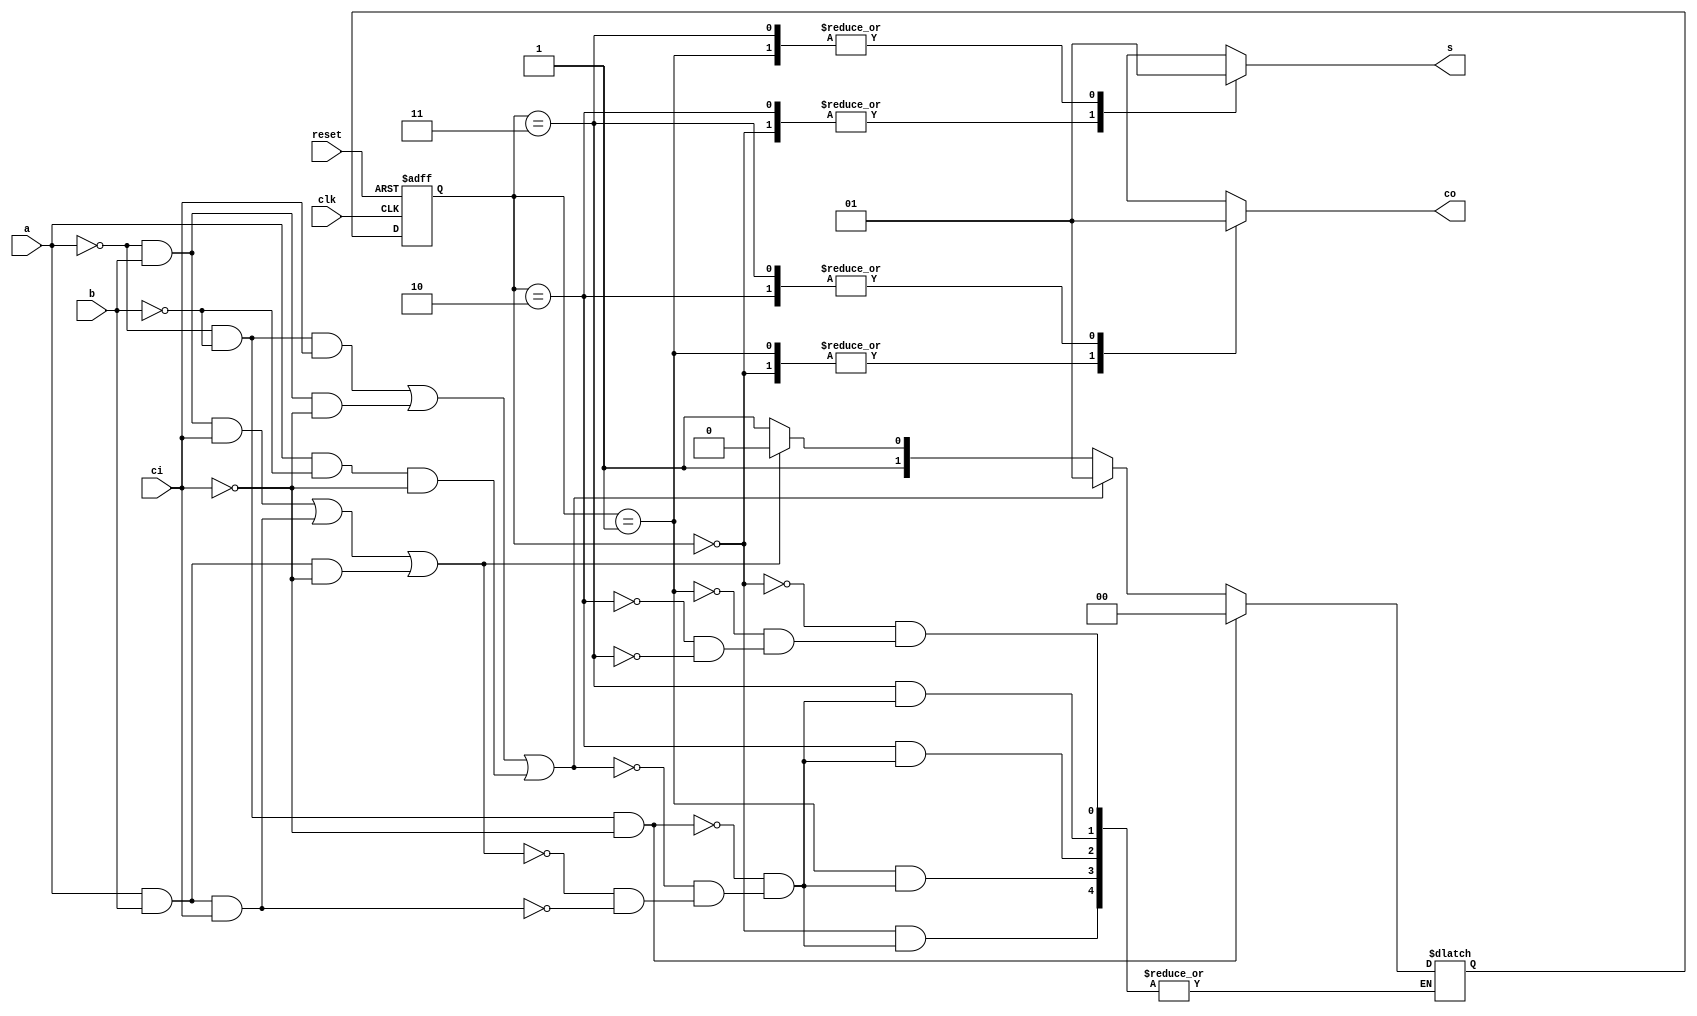
module full_adder_state(reset,a,b,ci,clk,s,co);
	input reset,a,b,ci,clk;
	output s,co;
	
	reg s,co;
	reg [1:0] state,next_state;
	
	parameter
		s_0=2'b00,
		s_1=2'b01,
		s_2=2'b10,
		s_3=2'b11;
		
	always @ (posedge clk or negedge reset)
		if(reset==0)
			state<=s_0;
		else
			state<=next_state;
			
	always @ (state,a,b,ci)
		begin
			case(state)
				s_0:
					begin
						s<=0;
						co<=0;
						
						if(~a&~b&~ci)
							next_state<=s_0;
						else if((~a&~b&ci)|(~a&b&~ci)|(a&~b&~ci))
							next_state<=s_1;
						else if((~a&b&ci)|(a&b&ci)|(a&b&~ci))
							next_state<=s_2;
						else if((a&b&ci))
							next_state<=s_3;
					end
					
				s_1:
					begin
						s<=1;
						co<=0;
						
						if(~a&~b&~ci)
							next_state<=s_0;
						else if((~a&~b&ci)|(~a&b&~ci)|(a&~b&~ci))
							next_state<=s_1;
						else if((~a&b&ci)|(a&b&ci)|(a&b&~ci))
							next_state<=s_2;
						else if((a&b&ci))
							next_state<=s_3;
					end
					
				s_2:
					begin
						s<=0;
						co<=1;
						
						if(~a&~b&~ci)
							next_state<=s_0;
						else if((~a&~b&ci)|(~a&b&~ci)|(a&~b&~ci))
							next_state<=s_1;
						else if((~a&b&ci)|(a&b&ci)|(a&b&~ci))
							next_state<=s_2;
						else if((a&b&ci))
							next_state<=s_3;
					end
					
				s_3:
					begin
						s<=1;
						co<=1;
						
						if(~a&~b&~ci)
							next_state<=s_0;
						else if((~a&~b&ci)|(~a&b&~ci)|(a&~b&~ci))
							next_state<=s_1;
						else if((~a&b&ci)|(a&b&ci)|(a&b&~ci))
							next_state<=s_2;
						else if((a&b&ci))
							next_state<=s_3;
					end
			endcase
		end
endmodule